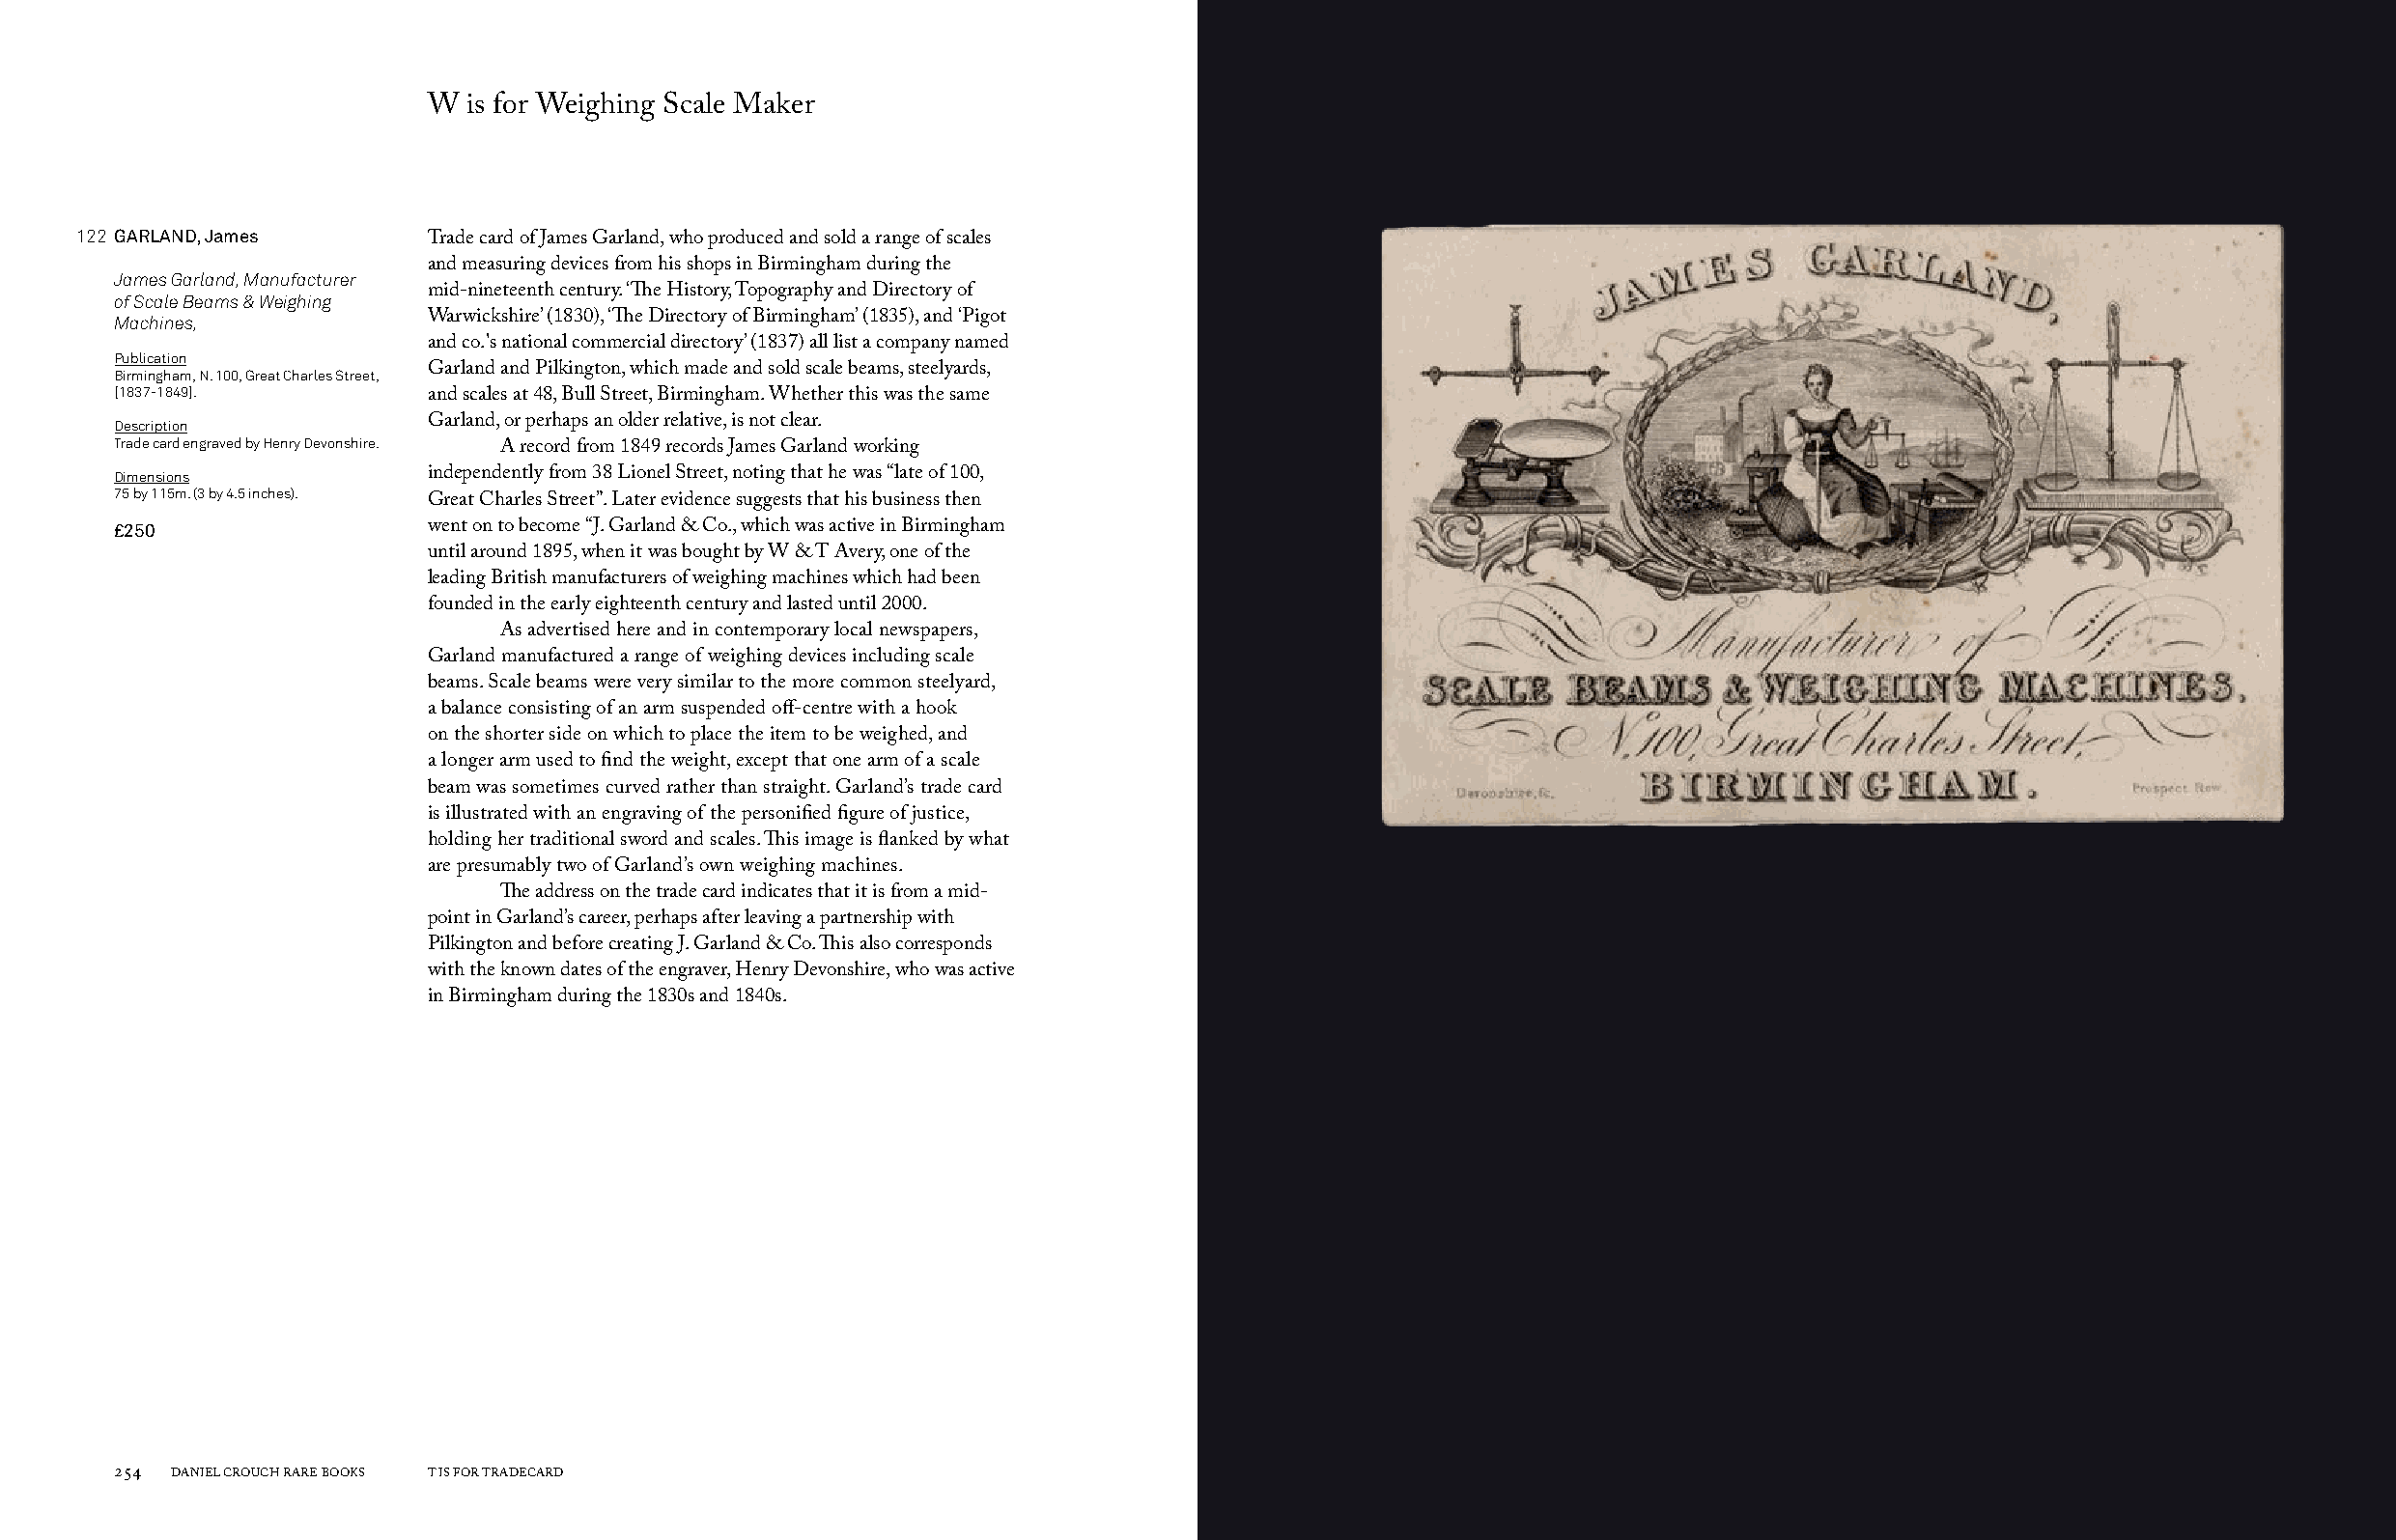
W  is for Weighing Scale Maker
 122 GARLAND, James
 Trade card of James Garland, who produced and sold a range of scales
 and measuring devices from his shops in Birmingham during the
 James Garland, Manufacturer
 of Scale Beams & Weighing mid-nineteenth century. ‘The History, Topography and Directory of
 Machines,            Warwickshire’ (1830), ‘The Directory of Birmingham’ (1835), and ‘Pigot
 and co.'s national commercial directory’ (1837) all list a company named
 Publication
 Birmingham, N. 100, Great Charles Street, Garland and Pilkington, which made and sold scale beams, steelyards,
 [1837-1849].
 and scales at 48, Bull Street, Birmingham. Whether this was the same
 Description          Garland, or perhaps an older relative, is not clear.
 Trade card engraved by Henry Devonshire.
 A record from 1849 records James Garland working
 Dimensions           independently from 38 Lionel Street, noting that he was “late of 100,
 75 by 115m. (3 by 4.5 inches).
 Great Charles Street”. Later evidence suggests that his business then
 £250                 went on to become “J. Garland & Co., which was active in Birmingham
 until around 1895, when it was bought by W & T Avery, one of the
 leading British manufacturers of weighing machines which had been
 founded in the early eighteenth century and lasted until 2000.
 As advertised here and in contemporary local newspapers,
 Garland manufactured a range of weighing devices including scale
 beams. Scale beams were very similar to the more common steelyard,
 a balance consisting of an arm suspended off-centre with a hook
 on the shorter side on which to place the item to be weighed, and
 a longer arm used to find the weight, except that one arm of a scale
 beam was sometimes curved rather than straight. Garland’s trade card
 is illustrated with an engraving of the personified figure of justice,
 holding her traditional sword and scales. This image is flanked by what
 are presumably two of Garland’s own weighing machines.
 The address on the trade card indicates that it is from a mid-
 point in Garland’s career, perhaps after leaving a partnership with
 Pilkington and before creating J. Garland & Co. This also corresponds
 with the known dates of the engraver, Henry Devonshire, who was active
 in Birmingham during the 1830s and 1840s.
 254 DANIEL CROUCH RARE BOOKS T IS FOR TRADECARD                                                                       T IS FOR TRADECARD DANIEL CROUCH RARE BOOKS 255